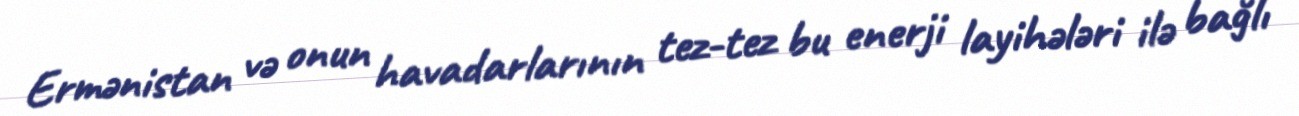
Ermənistan və onun havadarlarının tez-tez bu enerji layihələri ilə bağlı